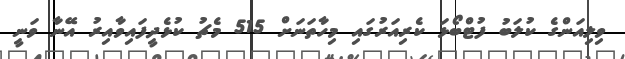
ވިލިއަންގެ ކުލަބު ފުޓްބޯޅަ ކެރިއަރުގައި މިހާތަނަށް 515 މެޗު ކުޅެދީފައިވާއިރު އޭނާ ވަނީ